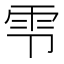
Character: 𫕝